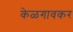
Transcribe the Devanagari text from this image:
केळगावकर